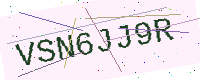
Text: VSN6JJ9R